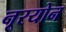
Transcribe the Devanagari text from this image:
नूरयोन